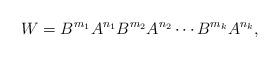
LaTeX: \begin{align*}W = B^{m_1}A^{n_1}B^{m_2}A^{n_2}\cdots B^{m_k}A^{n_k},\end{align*}